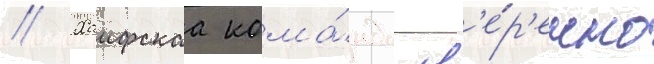
// Хаифскаа кома́нда ув'е́р'енно